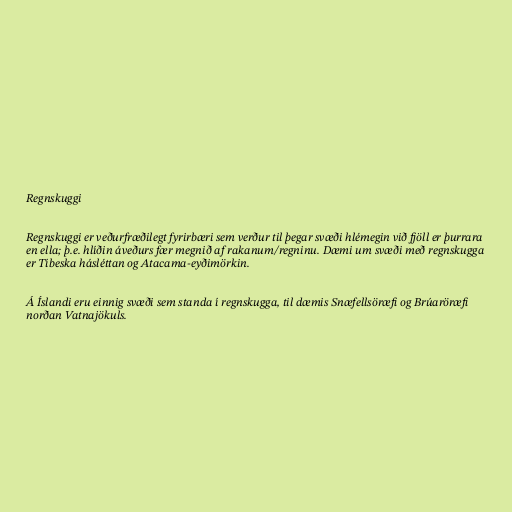
Regnskuggi

Regnskuggi er veðurfræðilegt fyrirbæri sem verður til þegar svæði hlémegin við fjöll er þurrara
en ella; þ.e. hlíðin áveðurs fær megnið af rakanum/regninu. Dæmi um svæði með regnskugga
er Tíbeska hásléttan og Atacama-eyðimörkin.

Á Íslandi eru einnig svæði sem standa í regnskugga, til dæmis Snæfellsöræfi og Brúaröræfi
norðan Vatnajökuls.